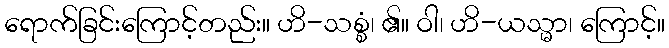
ရောက်ခြင်းကြောင့်တည်း။ ဟိ-သစ္စံ၊ ၏။ ဝါ၊ ဟိ-ယသ္မာ၊ ကြောင့်။